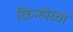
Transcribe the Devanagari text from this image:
किन्होळा